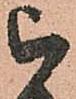
被